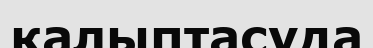
қалыптасуда